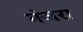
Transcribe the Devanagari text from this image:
मंजरा